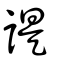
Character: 諟